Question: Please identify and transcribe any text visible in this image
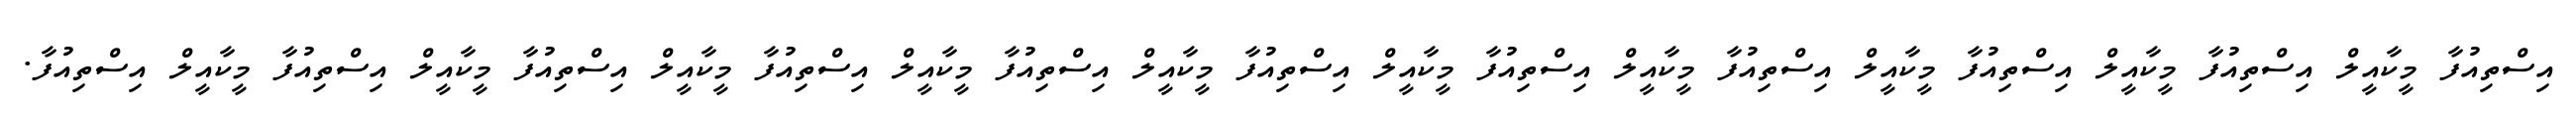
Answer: އިސްތިއުފާ މީކާއީލް އިސްތިއުފާ މީކާއީލް އިސްތިއުފާ މީކާއީލް އިސްތިއުފާ މީކާއީލް އިސްތިއުފާ މީކާއީލް އިސްތިއުފާ މީކާއީލް އިސްތިއުފާ މީކާއީލް އިސްތިއުފާ މީކާއީލް އިސްތިއުފާ މީކާއީލް އިސްތިއުފާ މީކާއީލް އިސްތިއުފާ.